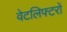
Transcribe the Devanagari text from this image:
वेटलिफ्टरों